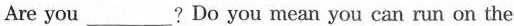
Are you ___?Do you mean you can run on the